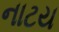
નાટય